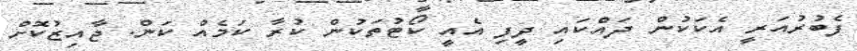
ފެބުރުއަރީ އެކަކުން ދައްކައި ދީފި އެއީ ކޯޓުތަކުން ކުރާ ކަމެއް ކަން. ޖާއިޒުކޮށް